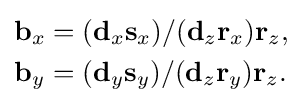
{\begin{aligned}\mathbf {b} _{x}&=(\mathbf {d} _{x}\mathbf {s} _{x})/(\mathbf {d} _{z}\mathbf {r} _{x})\mathbf {r} _{z},\\\mathbf {b} _{y}&=(\mathbf {d} _{y}\mathbf {s} _{y})/(\mathbf {d} _{z}\mathbf {r} _{y})\mathbf {r} _{z}.\end{aligned}}